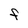
Character: F